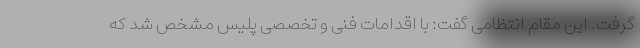
گرفت. این مقام انتظامی گفت: با اقدامات فنی و تخصصی پلیس مشخص شد که